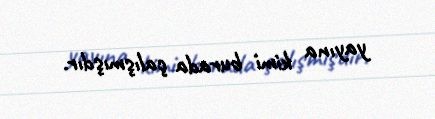
yayına kimi burada çalışmışdır.